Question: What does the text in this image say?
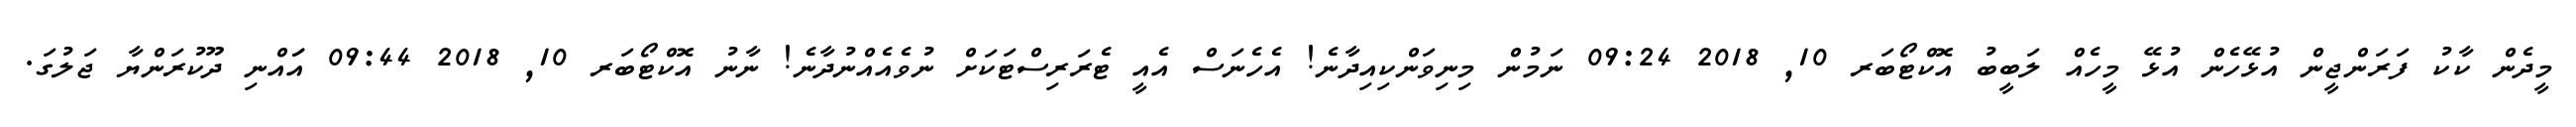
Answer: މީދެން ކާކު ފަރަންޖީން އުޅޭހެން އުޅޭ މީހެއް ލަބީބު އޮކްޓޯބަރ 10, 2018 09:24 ނަމުން މިނިވަންކިއިދާނެ! އެހެނަސް އެއީ ޓެރަރިސްޓަކަށް ނުވެއެއްނުދާނެ! ނާނު އޮކްޓޯބަރ 10, 2018 09:44 އަައްނި ދޫކުރަންޔާ ޖަލުގަ.